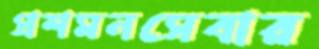
প্রশমনসেবার